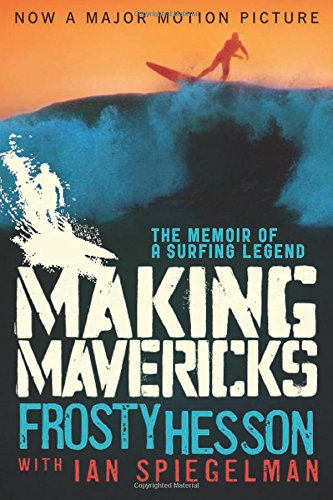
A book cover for Making Mavericks: The Memoir of a Surfing Legend; Frosty Hesson; Sports & Outdoors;